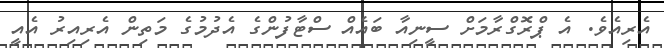
އެރިއެވެ. އެ ޕްރޮގްރާމަށް ސީނިއާ ބައެއް ސްޓާފުންގެ އެދުމުގެ މަތިން އެރިއިރު އެއީ